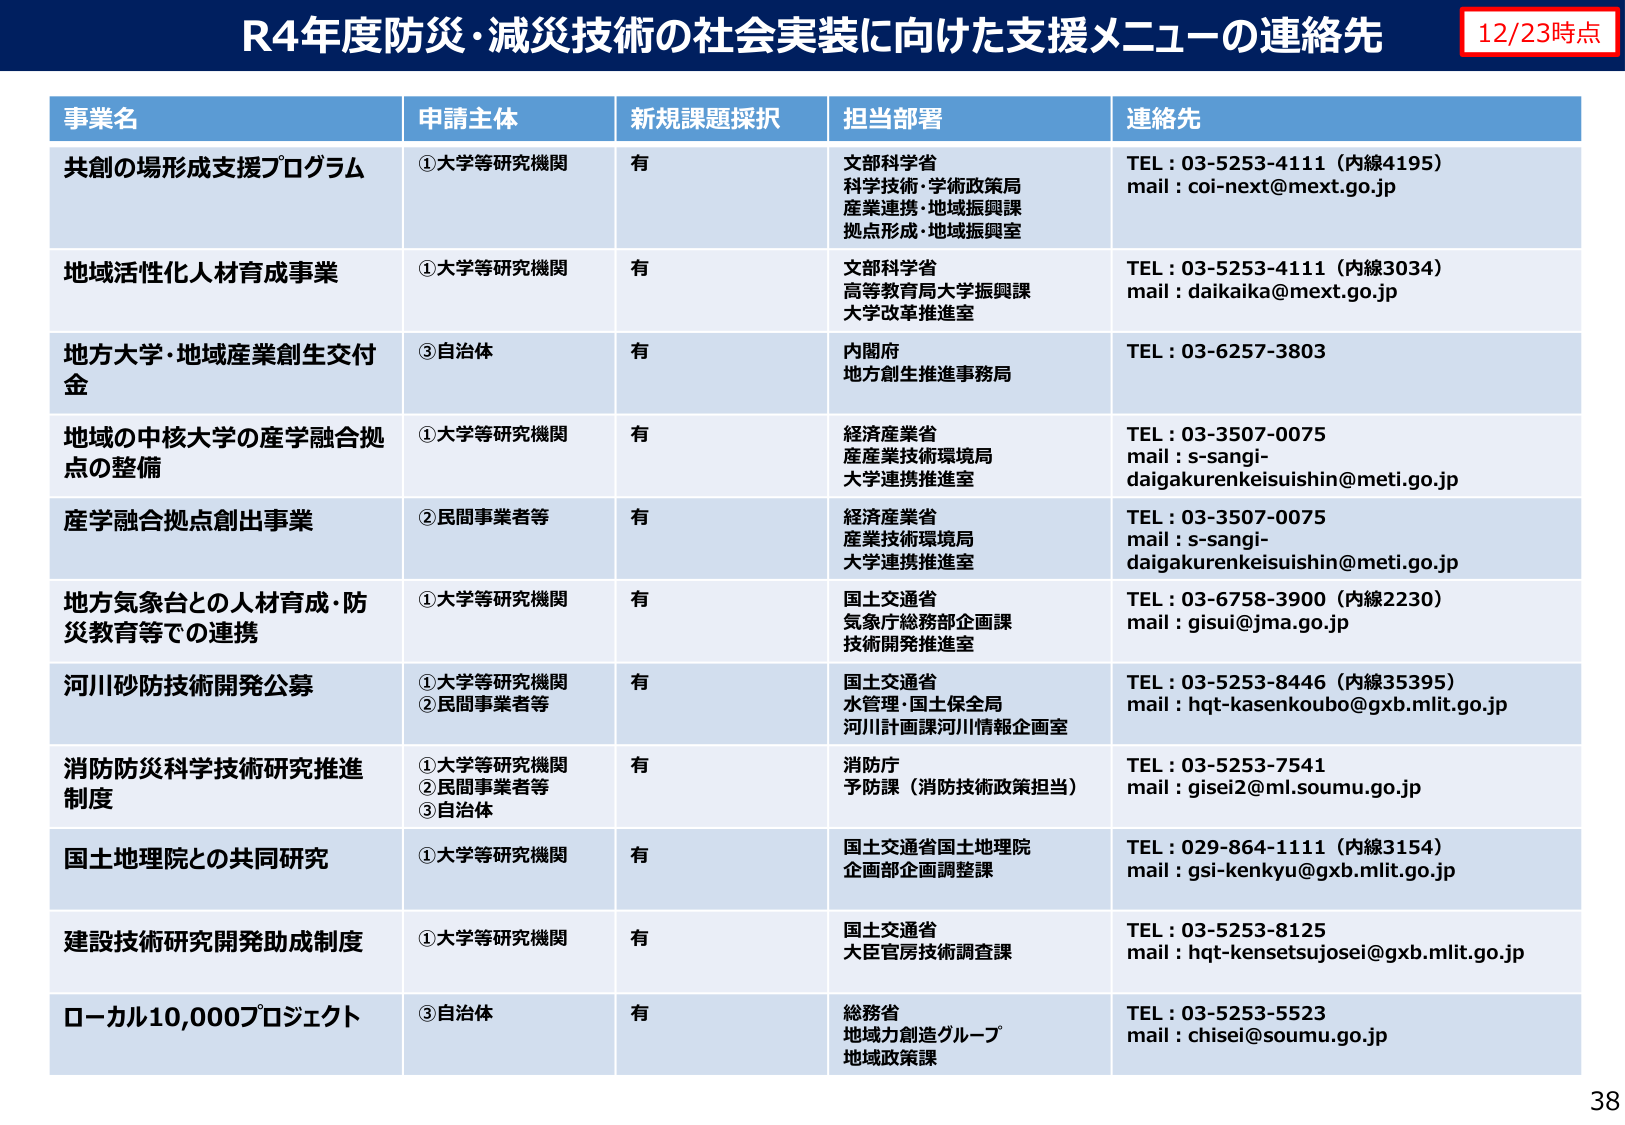
R4年度防災・減災技術の社会実装に向けた支援メニューの連絡先
12/23時点

事業名
申請主体
新規課題採択
担当部署
連絡先

共創の場形成支援プログラム
①大学等研究機関
有
文部科学省
科学技術・学術政策局
産業連携・地域振興課
拠点形成・地域振興室
TEL：03-5253-4111（内線4195）
mail：coi-next@mext.go.jp

地域活性化人材育成事業
①大学等研究機関
有
文部科学省
高等教育局大学振興課
大学改革推進室
TEL：03-5253-4111（内線3034）
mail：daikaika@mext.go.jp

地方大学・地域産業創生交付金
③自治体
有
内閣府
地方創生推進事務局
TEL：03-6257-3803

地域の中核大学の産学融合拠点の整備
①大学等研究機関
有
経済産業省
産業技術環境局
大学連携推進室
TEL：03-3507-0075
mail：s-sangi-daigakurenkeisuishin@meti.go.jp

産学融合拠点創出事業
②民間事業者等
有
経済産業省
産業技術環境局
大学連携推進室
TEL：03-3507-0075
mail：s-sangi-daigakurenkeisuishin@meti.go.jp

地方気象台との人材育成・防災教育等での連携
①大学等研究機関
有
国土交通省
気象庁総務部企画課
技術開発推進室
TEL：03-6758-3900（内線2230）
mail：gisui@jma.go.jp

河川砂防技術開発公募
①大学等研究機関
②民間事業者等
有
国土交通省
水管理・国土保全局
河川計画課河川情報企画室
TEL：03-5253-8446（内線35395）
mail：hqt-kasenkoubo@gxb.mlit.go.jp

消防防災科学技術研究推進制度
①大学等研究機関
②民間事業者等
③自治体
有
消防庁
予防課（消防技術政策担当）
TEL：03-5253-7541
mail：gisei2@ml.soumu.go.jp

国土地理院との共同研究
①大学等研究機関
有
国土交通省国土地理院
企画部企画調整課
TEL：029-864-1111（内線3154）
mail：gsi-kenkyu@gxb.mlit.go.jp

建設技術研究開発助成制度
①大学等研究機関
有
国土交通省
大臣官房技術調査課
TEL：03-5253-8125
mail：hqt-kensetsujosei@gxb.mlit.go.jp

ローカル10,000プロジェクト
③自治体
有
総務省
地域力創造グループ
地域政策課
TEL：03-5253-5523
mail：chisei@soumu.go.jp

38